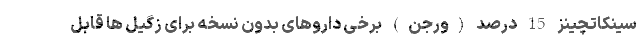
سینکاتچینز 15 درصد (ورجن) برخی داروهای بدون نسخه برای زگیل ها قابل